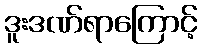
ဒူးဒဏ်ရာကြောင့်